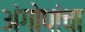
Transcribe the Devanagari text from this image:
अंगोपांचा